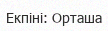
Екпіні: Орташа